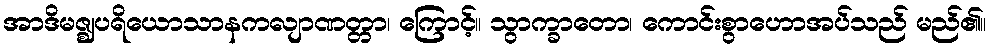
အာဒိမဇ္ဈပရိယောသာနကလျာဏတ္တာ၊ ကြောင့်။ သွာက္ခာတော၊ ကောင်းစွာဟောအပ်သည် မည်၏။